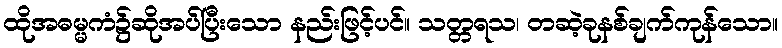
ထိုအဓမ္မကံ၌ဆိုအပ်ပြီးသော နည်းဖြင့်ပင်။ သတ္တရသ၊ တဆဲ့ခုနစ်ချက်ကုန်သော။